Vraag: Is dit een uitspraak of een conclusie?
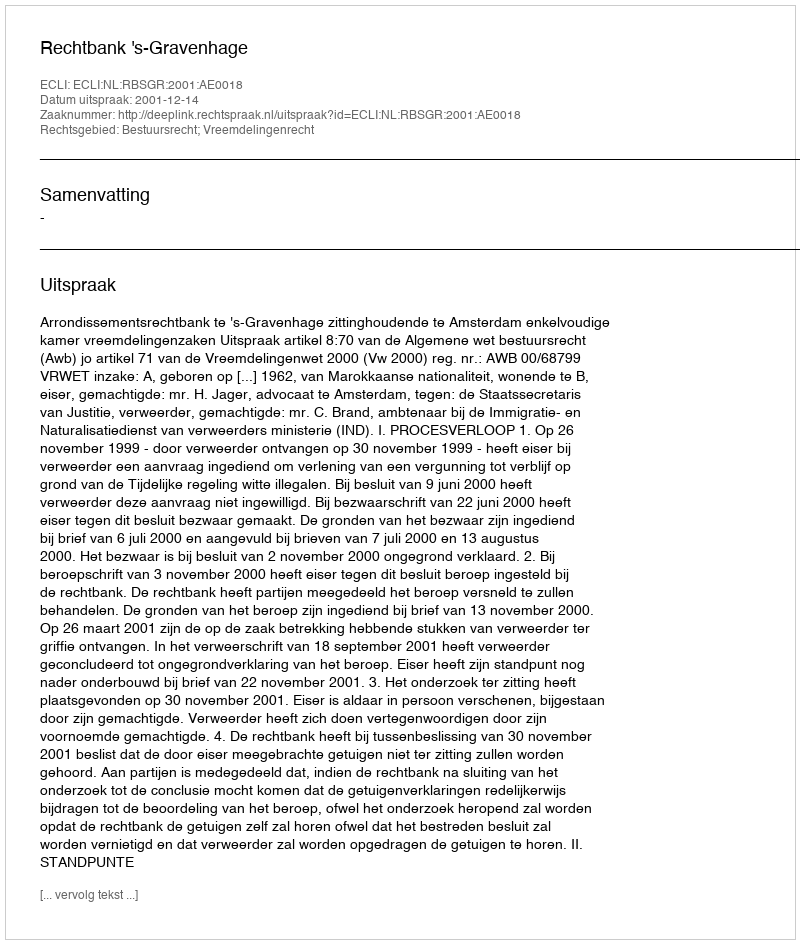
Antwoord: Uitspraak